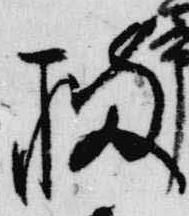
橘